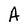
Character: A